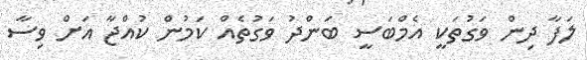
ލަފާ ދިން ވަގުތަކީ އެމްބަސީ ބަންދު ވަގުތެއް ކަމުން ކުއްޖާ އަށް ވިސާ